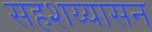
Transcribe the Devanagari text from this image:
सहशय्यासन